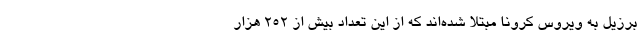
برزیل به ویروس کرونا مبتلا شده‌اند که از این تعداد بیش از ۲۵۲ هزار